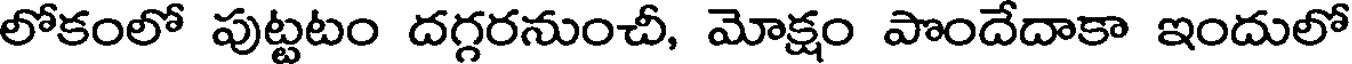
లోకంలో పుట్టటం దగ్గరనుంచీ, మోక్షం పొందేదాకా ఇందులో